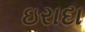
ઇરાદા